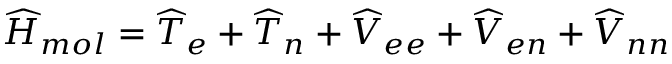
\widehat H _ { m o l } = \widehat T _ { e } + \widehat T _ { n } + \widehat V _ { e e } + \widehat V _ { e n } + \widehat V _ { n n }